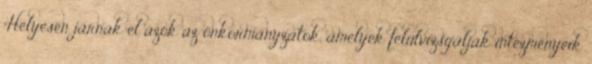
"Helyesen járnak el azok az önkormányzatok, amelyek felülvizsgálják intézményeik